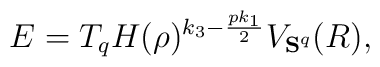
E=T_{q}H(\rho)^{k_{3}-\frac{pk_{1}}{2}}V_{{\bf S}^{q}}(R),